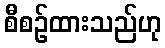
စီစဉ်ထားသည်ဟု